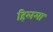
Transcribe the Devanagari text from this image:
हिलमा